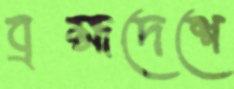
ব্রহ্মদেশে